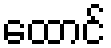
ထောင်